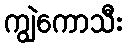
ကျွဲကောသီး